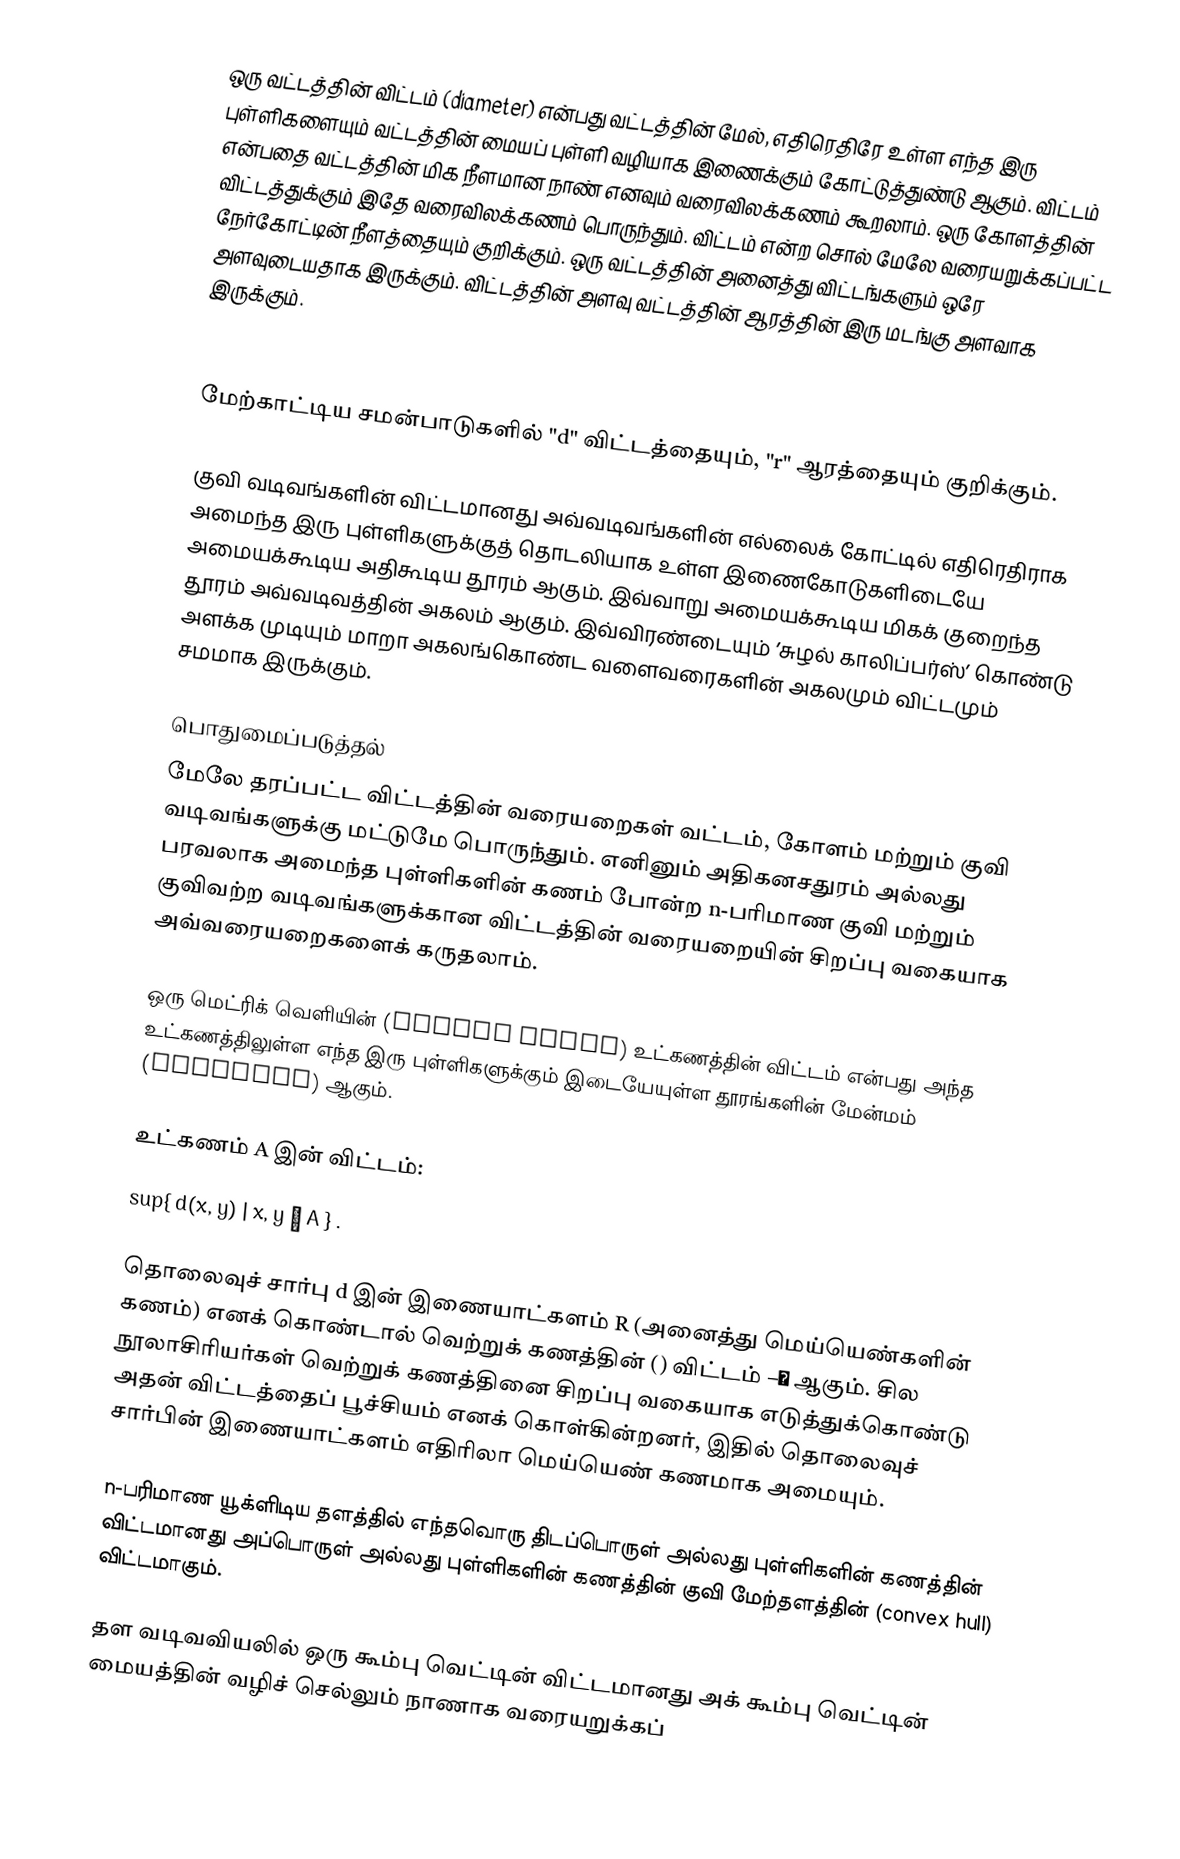
ஒரு வட்டத்தின் விட்டம் (diameter) என்பது வட்டத்தின் மேல், எதிரெதிரே உள்ள எந்த இரு புள்ளிகளையும் வட்டத்தின் மையப் புள்ளி வழியாக இணைக்கும் கோட்டுத்துண்டு ஆகும். விட்டம் என்பதை வட்டத்தின் மிக நீளமான நாண் எனவும் வரைவிலக்கணம் கூறலாம். ஒரு கோளத்தின் விட்டத்துக்கும் இதே வரைவிலக்கணம் பொருந்தும். விட்டம் என்ற சொல் மேலே வரையறுக்கப்பட்ட நேர்கோட்டின் நீளத்தையும் குறிக்கும். ஒரு வட்டத்தின் அனைத்து விட்டங்களும் ஒரே அளவுடையதாக இருக்கும். விட்டத்தின் அளவு வட்டத்தின் ஆரத்தின் இரு மடங்கு அளவாக இருக்கும்.

மேற்காட்டிய சமன்பாடுகளில் "d" விட்டத்தையும், "r" ஆரத்தையும் குறிக்கும்.

குவி வடிவங்களின் விட்டமானது அவ்வடிவங்களின் எல்லைக் கோட்டில் எதிரெதிராக அமைந்த இரு புள்ளிகளுக்குத் தொடலியாக உள்ள இணைகோடுகளிடையே அமையக்கூடிய  அதிகூடிய தூரம் ஆகும். இவ்வாறு அமையக்கூடிய மிகக் குறைந்த தூரம் அவ்வடிவத்தின் அகலம் ஆகும். இவ்விரண்டையும் ’சுழல் காலிப்பர்ஸ்’ கொண்டு அளக்க முடியும் மாறா அகலங்கொண்ட வளைவரைகளின் அகலமும் விட்டமும் சமமாக இருக்கும்.

பொதுமைப்படுத்தல்
மேலே தரப்பட்ட விட்டத்தின் வரையறைகள் வட்டம், கோளம் மற்றும் குவி வடிவங்களுக்கு மட்டுமே பொருந்தும். எனினும் அதிகனசதுரம் அல்லது பரவலாக அமைந்த புள்ளிகளின் கணம் போன்ற n-பரிமாண குவி மற்றும் குவிவற்ற வடிவங்களுக்கான விட்டத்தின் வரையறையின் சிறப்பு வகையாக அவ்வரையறைகளைக் கருதலாம்.

ஒரு மெட்ரிக் வெளியின் (metric space) உட்கணத்தின் விட்டம் என்பது அந்த உட்கணத்திலுள்ள எந்த இரு புள்ளிகளுக்கும் இடையேயுள்ள தூரங்களின் மேன்மம் (supremum) ஆகும்.

உட்கணம் A இன் விட்டம்:
sup{ d(x, y) | x, y ∈ A } .

தொலைவுச் சார்பு d இன் இணையாட்களம் R (அனைத்து மெய்யெண்களின் கணம்) எனக் கொண்டால் வெற்றுக் கணத்தின் () விட்டம் −∞ ஆகும். சில நூலாசிரியர்கள் வெற்றுக் கணத்தினை சிறப்பு வகையாக எடுத்துக்கொண்டு அதன் விட்டத்தைப் பூச்சியம் எனக் கொள்கின்றனர், இதில் தொலைவுச் சார்பின் இணையாட்களம் எதிரிலா மெய்யெண் கணமாக அமையும்.

n-பரிமாண யூக்ளிடிய தளத்தில் எந்தவொரு திடப்பொருள் அல்லது புள்ளிகளின் கணத்தின் விட்டமானது அப்பொருள் அல்லது புள்ளிகளின் கணத்தின் குவி மேற்தளத்தின் (convex hull) விட்டமாகும்.

தள வடிவவியலில் ஒரு கூம்பு வெட்டின் விட்டமானது அக் கூம்பு வெட்டின் மையத்தின் வழிச் செல்லும் நாணாக வரையறுக்கப்